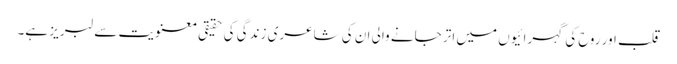
قلب اور روح کی گہرائیوں میں اتر جانے والی ان کی شاعری زندگی کی حقیقی معنویت سے لبریز ہے۔